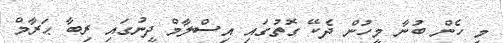
މި ހެން ބުނާ މީހުން ދެކޭ ގޮތުގައި އިސްލާމް ދީނުގައި ރިބާ ޙަރާމް